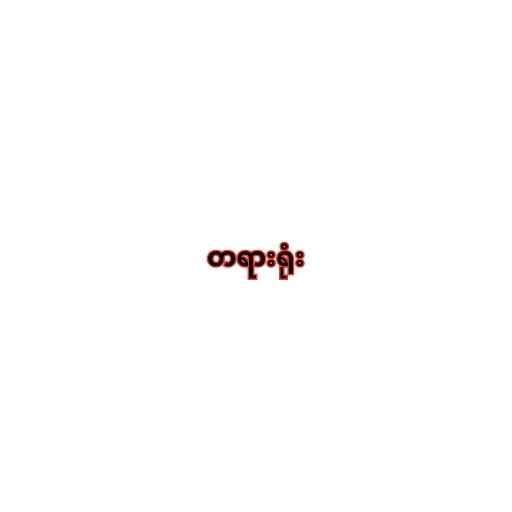
တရားရုံး